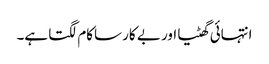
انتہائی گھٹیا اور بے کار ساکام لگتا ہے۔